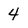
Character: 4